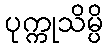
ပုက္ကုသိမ္ပိ